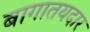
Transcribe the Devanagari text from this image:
बागातयदार